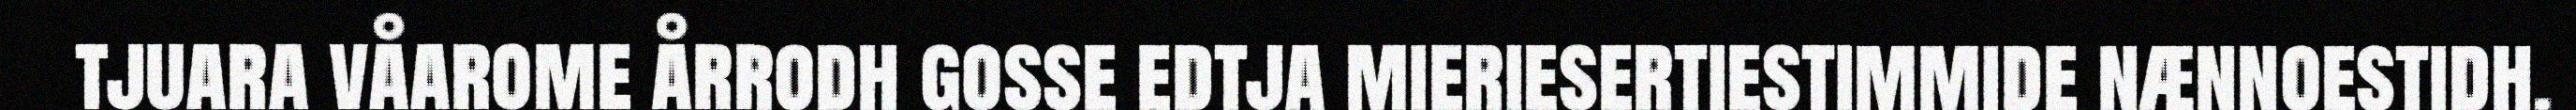
tjuara våarome årrodh gosse edtja mieriesertiestimmide nænnoestidh.